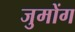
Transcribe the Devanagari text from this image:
जुमोंग